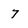
Character: 7